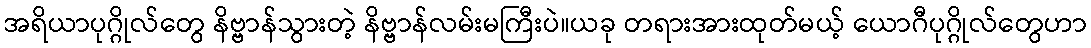
အရိယာပုဂ္ဂိုလ်တွေ နိဗ္ဗာန်သွားတဲ့ နိဗ္ဗာန်လမ်းမကြီးပဲ။ယခု တရားအားထုတ်မယ့် ယောဂီပုဂ္ဂိုလ်တွေဟာ